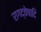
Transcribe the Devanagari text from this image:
रागद्वेषादि